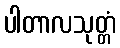
ပါတာလသုတ္တံ